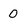
Character: 0